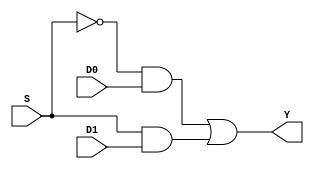
module mux2to1_df(
 input D0,D1,S,
 output wire Y
);

 assign Y=(~S & D0)|(S & D1);

endmodule